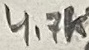
Text: 4.7K